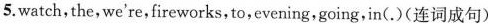
5.watch,the,we're,fireworks,to,evening,going,in(.)(连词成句)